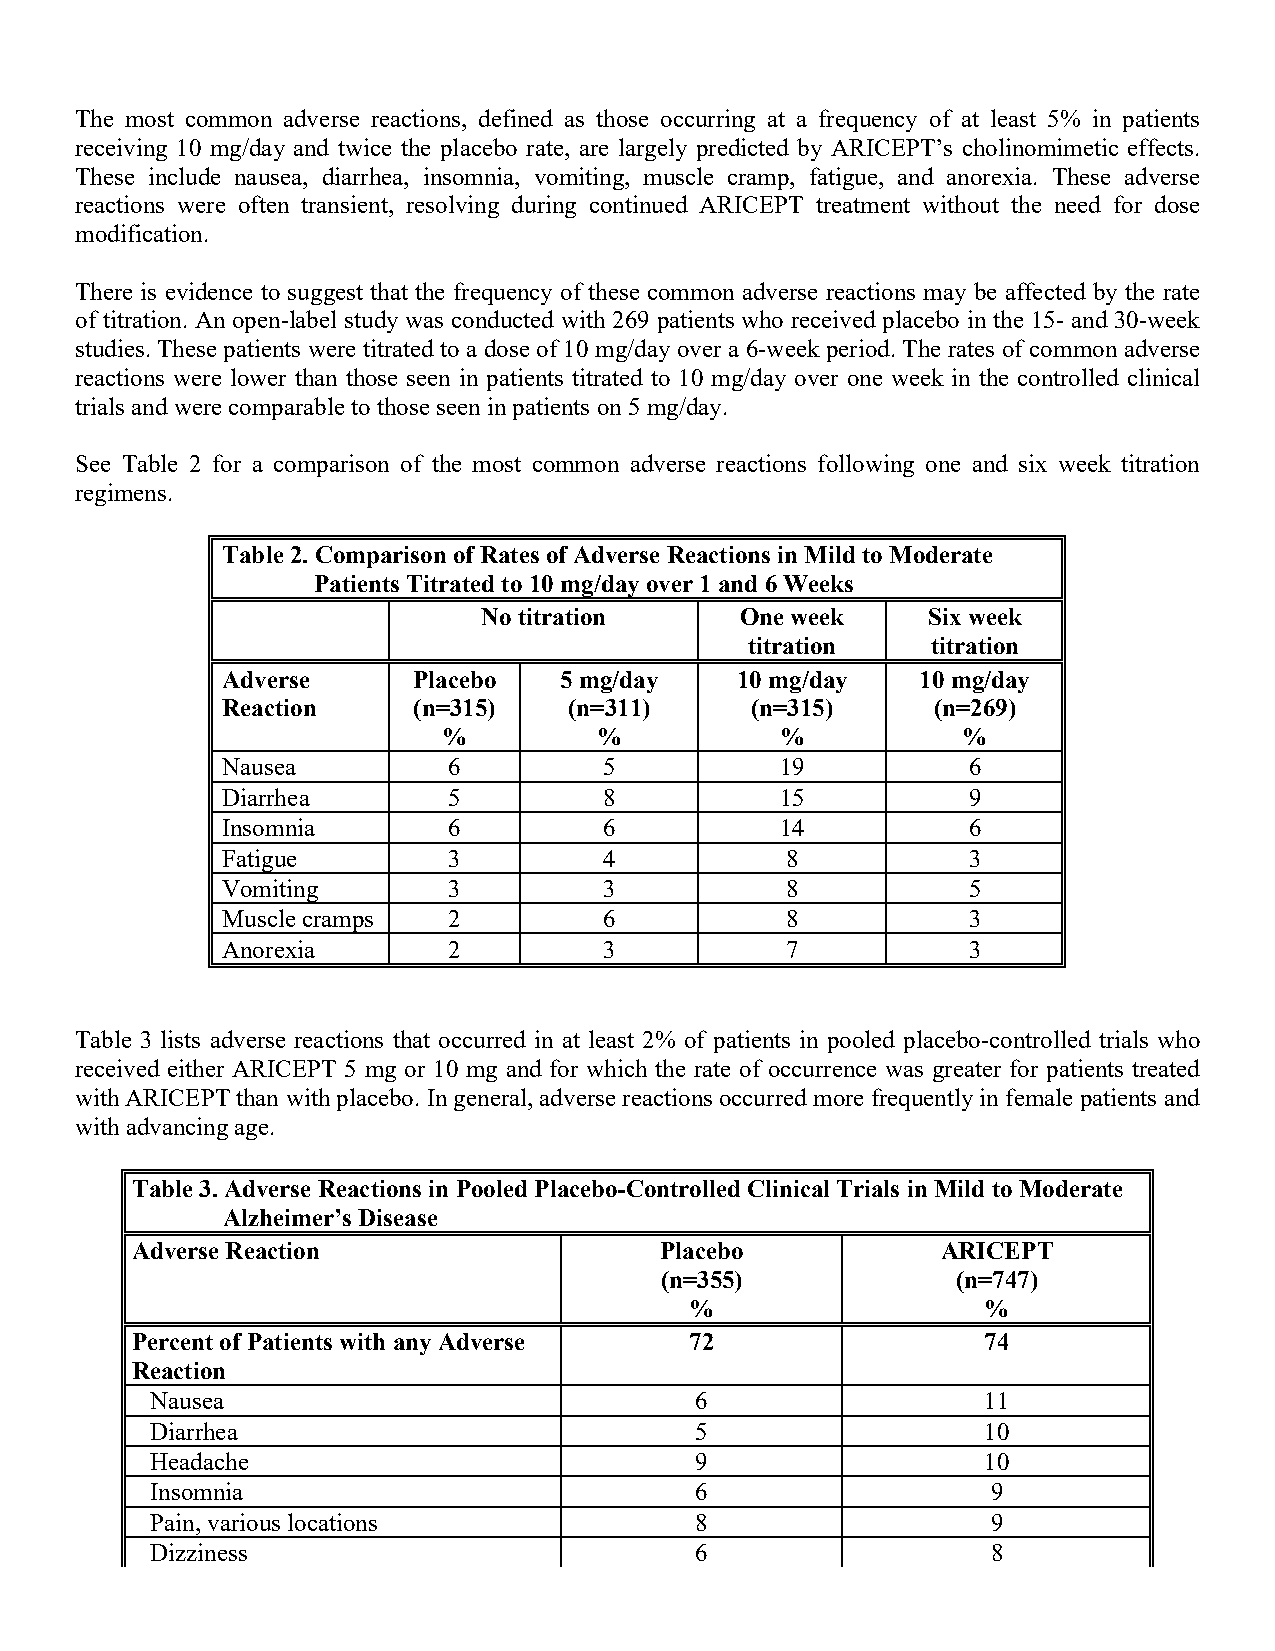
The most common adverse reactions, defined as those occurring at a frequency of at least 5% in patients
 receiving 10 mg/day and twice the placebo rate, are largely predicted by ARICEPT’s cholinomimetic effects.
 These include nausea, diarrhea, insomnia, vomiting, muscle cramp, fatigue, and anorexia. These adverse
 reactions were often transient, resolving during continued ARICEPT treatment without the need for dose
 modification.
 There is evidence to suggest that the frequency of these common adverse reactions may be affected by the rate
 of titration. An open-label study was conducted with 269 patients who received placebo in the 15- and 30-week
 studies. These patients were titrated to a dose of 10 mg/day over a 6-week period. The rates of common adverse
 reactions were lower than those seen in patients titrated to 10 mg/day over one week in the controlled clinical
 trials and were comparable to those seen in patients on 5 mg/day.
 See Table 2 for a comparison of the most common adverse reactions following one and six week titration
 regimens.
 Table 2. Comparison of Rates of Adverse Reactions in Mild to Moderate
 Patients Titrated to 10 mg/day over 1 and 6 Weeks
 No titration     One week    Six week
 titration   titration
 Adverse     Placebo   5 mg/day    10 mg/day   10 mg/day
 Reaction    (n=315)    (n=311)     (n=315)     (n=269)
 %          %           %           %
 Nausea         6         5           19          6
 Diarrhea       5         8           15          9
 Insomnia       6         6           14          6
 Fatigue        3         4           8           3
 Vomiting       3         3           8           5
 Muscle cramps  2         6           8           3
 Anorexia       2         3           7           3
 Table 3 lists adverse reactions that occurred in at least 2% of patients in pooled placebo-controlled trials who
 received either ARICEPT 5 mg or 10 mg and for which the rate of occurrence was greater for patients treated
 with ARICEPT than with placebo. In general, adverse reactions occurred more frequently in female patients and
 with advancing age.
 Table 3. Adverse Reactions in Pooled Placebo-Controlled Clinical Trials in Mild to Moderate
 Alzheimer’s Disease
 Adverse Reaction                   Placebo           ARICEPT
 (n=355)            (n=747)
 %                  %
 Percent of Patients with any Adverse 72                 74
 Reaction
 Nausea                              6                  11
 Diarrhea                            5                  10
 Headache                            9                  10
 Insomnia                            6                   9
 Pain, various locations             8                   9
 Dizziness                           6                   8